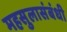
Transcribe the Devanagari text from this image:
महसुलासंबंधी